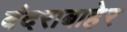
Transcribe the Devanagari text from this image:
बंदराबाहेर